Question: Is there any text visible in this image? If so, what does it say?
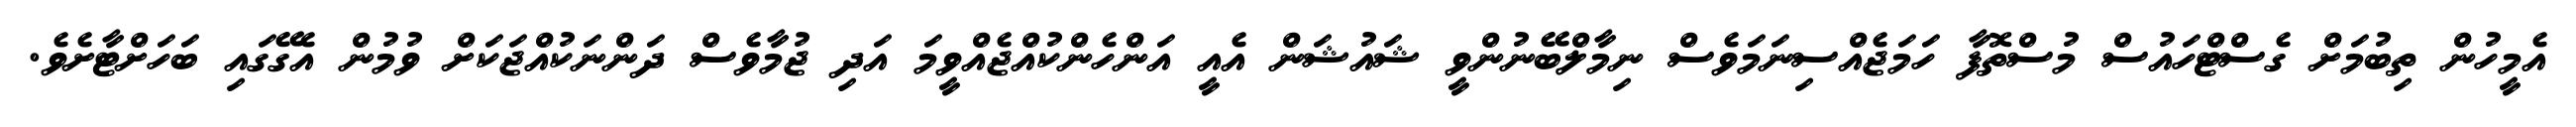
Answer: އެމީހުން ތިބުމަށް ގެސްޓްހައުސް މުސްތޮފާ ހަމަޖެއްސިނަމަވެސް ނިމާލްބޭނުންވީ ޝައުޝަން އެއީ އަންހެންކުއްޖެއްވީމަ އަދި ޖުމާވެސް ދަންނަކުއްޖަކަށް ވުމުން އެގޭގައި ބަހަށްޓާށެވެ.